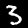
Label: 3